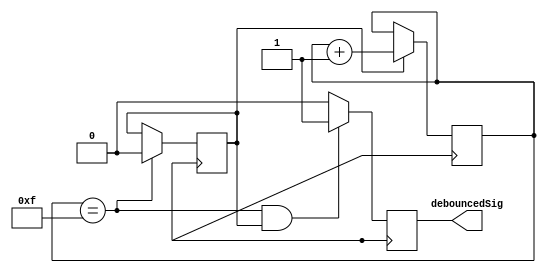
module btnDebouncer(
	//input btnSig,
	//input clk,
	output reg debouncedSig
);
	reg clk;
	initial clk <= 1'd0;
	always #20 clk <= ~clk;
	
	reg btnSig;
	initial btnSig <= 1'd0;
	always #10000 btnSig <= ~btnSig;
	
	reg [4:0] counter;
	initial counter <= 4'd0;
	
	reg btnPressedFlag;
	initial btnPressedFlag <= 1'd0;
	
	always @(posedge clk) begin
		btnPressedFlag <= (~btnPressedFlag & btnSig) ? 1'd1 : counter == 4'b1111 ? 1'd0 : btnPressedFlag;
		counter <= btnPressedFlag ? counter + 1'd1 : counter;
		debouncedSig <= (counter == 4'b1111 & btnPressedFlag) ? 1'b1 : 1'b0;
	end
	
endmodule